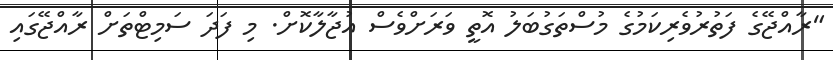
"ރާއްޖޭގެ ފަތުރުވެރިކަމުގެ މުސްތަގުބަލު އޮތީ ވަރަށްވެސް އުޖާލާކޮށް. މި ފަދަ ސަމިޓްތަށް ރާއްޖޭގައި